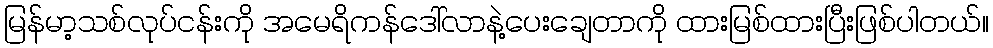
မြန်မာ့သစ်လုပ်ငန်းကို အမေရိကန်ဒေါ်လာနဲ့ပေးချေတာကို ထားမြစ်ထားပြီးဖြစ်ပါတယ်။